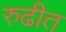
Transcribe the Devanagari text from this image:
रुढीत